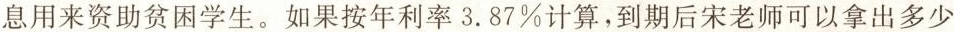
息用来资助贫困学生。如果按年利率3.87%计算，到期后宋老师可以拿出多少